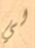
لي